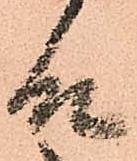
殿